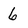
Character: 6